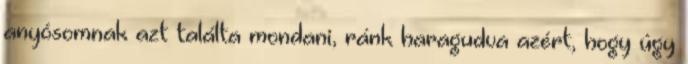
anyósomnak azt találta mondani, ránk haragudva azért, hogy úgy